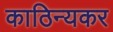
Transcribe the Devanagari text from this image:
काठिन्यकर